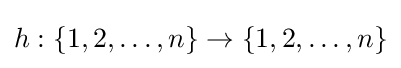
h:\{1,2,\ldots ,n\}\rightarrow \{1,2,\ldots ,n\}